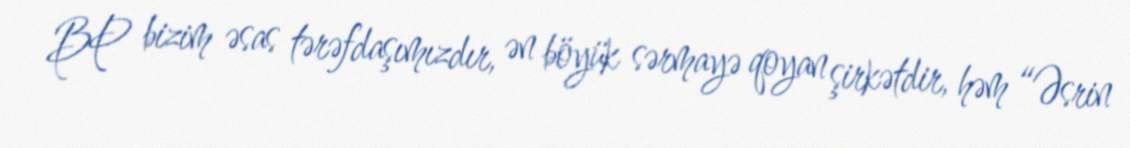
BP bizim əsas tərəfdaşımızdır, ən böyük sərmayə qoyan şirkətdir, həm “Əsrin